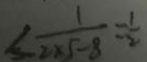
< \frac { 1 } { 2 \times 5 - 8 } = \frac { 1 } { 2 }